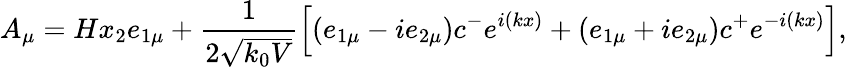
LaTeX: A_{\mu}=Hx_{2}e_{1\mu}+\frac 1{2\sqrt{k_{0}V}}\left[\left(e_{1\mu}-ie_{2\mu}\right)c^{-}e^{i(kx)}+\left(e_{1\mu}+ie_{2\mu}\right)c^{+}e^{-i(kx)}\right],